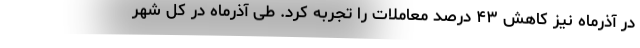
در آذرماه نیز کاهش ۴۳ درصد معاملات را تجربه کرد. طی آذرماه در کل شهر